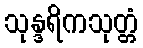
သုန္ဒရိကသုတ္တံ